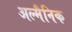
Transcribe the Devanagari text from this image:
अल्मैनिक